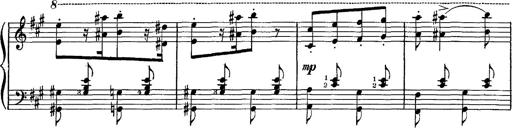
Title: Hungarian Rhapsody No.16
Composer: Franz Liszt
Key: A minor